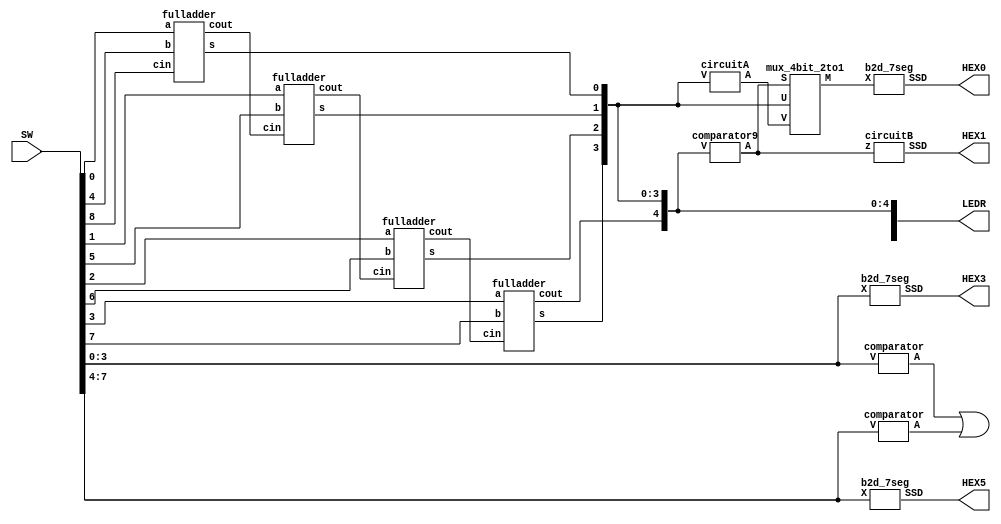
module part4 (SW, LEDR, HEX5, HEX3, HEX1, HEX0);
  input [8:0] SW; // 9-bit input SW
  output [9:0] LEDR; // 10-bit output LEDR
  output [6:0] HEX5, HEX3, HEX1, HEX0; // 7-bit outputs HEX5, HEX3, HEX1, HEX0
  wire s1, s2; // Wires s1 and s2

  comparator C0 (SW[3:0], s1); // Instantiate comparator C0 with inputs SW[3:0] and output s1
  comparator C1 (SW[7:4], s2); // Instantiate comparator C1 with inputs SW[7:4] and output s2

  b2d_7seg HEX0_inst(SW[3:0],HEX3); // Instantiate b2d_7seg module with inputs SW[3:0] and output HEX3
  b2d_7seg HEX1_inst(SW[7:4],HEX5); // Instantiate b2d_7seg module with inputs SW[7:4] and output HEX5

  assign LEDR[9] = s1 | s2; // Assign LEDR[9] with the OR operation of s1 and s2

  wire c1, c2, c3; // Wires c1, c2, and c3
  wire [4:0] S; // 5-bit wire S

  fulladder A0 (SW[0], SW[4], SW[8], S[0], c1); // Instantiate fulladder A0 with inputs SW[0], SW[4], SW[8], outputs S[0] and c1
  fulladder A1 (SW[1], SW[5], c1, S[1], c2); // Instantiate fulladder A1 with inputs SW[1], SW[5], c1, outputs S[1] and c2
  fulladder A2 (SW[2], SW[6], c2, S[2], c3); // Instantiate fulladder A2 with inputs SW[2], SW[6], c2, outputs S[2] and c3
  fulladder A3 (SW[3], SW[7], c3, S[3], S[4]); // Instantiate fulladder A3 with inputs SW[3], SW[7], c3, outputs S[3] and S[4]

  assign LEDR[4:0] = S[4:0]; // Assign LEDR[4:0] with S[4:0]

  wire z; // Wire z
  wire [3:0] A, M; // 4-bit wires A and M

  comparator9 C2 (S[4:0], z); // Instantiate comparator9 C2 with inputs S[4:0] and output z
  circuitA A4 (S[3:0], A); // Instantiate circuitA A4 with inputs S[3:0] and output A
  mux_4bit_2to1 M0 (z, S[3:0], A, M); // Instantiate mux_4bit_2to1 M0 with inputs z, S[3:0], A, outputs M
  circuitB B0 (z, HEX1); // Instantiate circuitB B0 with inputs z and output HEX1
  b2d_7seg S0 (M, HEX0); // Instantiate b2d_7seg S0 with inputs M and output HEX0

endmodule

module b2d_7seg (X, SSD);
       input [3:0] X; // 4-bit input X
       output [6:0] SSD; // 7-bit output SSD

assign SSD = (X[3:0] == 4'b0000) ? 7'b0000001 : // If X is 0000, SSD is 0000001
             (X[3:0] == 4'b0001) ? 7'b1001111 : // If X is 0001, SSD is 1001111
             (X[3:0] == 4'b0010) ? 7'b0010010: // If X is 0010, SSD is 0010010
             (X[3:0] == 4'b0011) ? 7'b0000110 : // If X is 0011, SSD is 0000110
             (X[3:0] == 4'b0100) ? 7'b1001100 : // If X is 0100, SSD is 1001100
             (X[3:0] == 4'b0101) ? 7'b0100100 : // If X is 0101, SSD is 0100100
             (X[3:0] == 4'b0110) ? 7'b0100000 : // If X is 0110, SSD is 0100000
             (X[3:0] == 4'b0111) ? 7'b0001111 : // If X is 0111, SSD is 0001111
             (X[3:0] == 4'b1000) ? 7'b0000000 : // If X is 1000, SSD is 0000000
             (X[3:0] == 4'b1001) ? 7'b0001100 : // If X is 1001, SSD is 0001100
             7'b1111111; // Otherwise, SSD is 1111111

endmodule

module comparator (V, A);
  input [3:0] V; // 4-bit input V
  output A; // Output A

  assign A = (V[3] & (V[2] | V[1])); // A is (V[3] AND (V[2] OR V[1]))
endmodule

module comparator9 (V, A);
  input [4:0] V; // 5-bit input V
  output A; // Output A

  assign A = V[4] | ((V[3] & V[2]) | (V[3] & V[1])); // A is V[4] OR ((V[3] AND V[2]) OR (V[3] AND V[1]))
endmodule

module circuitA (V, A);
  input [3:0] V; // 4-bit input V
  output [3:0] A; // 4-bit output A

  assign A[0] = V[0]; // A[0] is V[0]
  assign A[1] = ~V[1]; // A[1] is NOT V[1]
  assign A[2] = (~V[3] & ~V[1]) | (V[2] & V[1]); // A[2] is ((NOT V[3]) AND (NOT V[1])) OR (V[2] AND V[1])
  assign A[3] = (~V[3] & V[1]); // A[3] is ((NOT V[3]) AND V[1])
endmodule

module circuitB (z, SSD);
  input z; // Input z
  output [6:0] SSD; // 7-bit output SSD

  assign SSD[0] = z; // SSD[0] is z
  assign SSD[2:1] = 2'b00; // SSD[2:1] is 00
  assign SSD[5:3] = {3{z}}; // SSD[5:3] is {z, z, z}
  assign SSD[6] = 1; // SSD[6] is 1
endmodule

module mux_4bit_2to1 (S, U, V, M);
  input S; // Input S
  input [3:0] U, V; // 4-bit inputs U and V
  output [3:0] M; // 4-bit output M

  assign M = ({4{~S}} & U) | ({4{S}} & V); // M is ((4 copies of NOT S) AND U) OR ((4 copies of S) AND V)
endmodule

module fulladder (a, b, cin, s, cout);
  input a, b, cin; // Inputs a, b, and cin
  output cout, s; // Outputs cout and s

  wire d; // Wire d

  assign d = a ^ b; // d is a XOR b
  assign s = d ^ cin; // s is d XOR cin
  assign cout = (b & ~d) | (d & cin); // cout is (b AND (NOT d)) OR (d AND cin)
endmodule